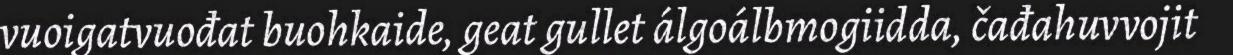
vuoigatvuođat buohkaide, geat gullet álgoálbmogiidda, čađahuvvojit